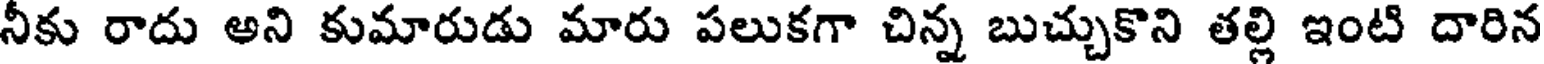
నీకు రాదు అని కుమారుడు మారు పలుకగా చిన్న బుచ్చుకొని తల్లి ఇంటి దారిన